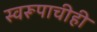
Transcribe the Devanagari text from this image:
स्वरूपाचीही